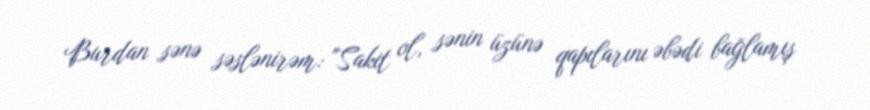
Burdan sənə səslənirəm: "Sakit ol, sənin üzünə qapılarını əbədi bağlamış